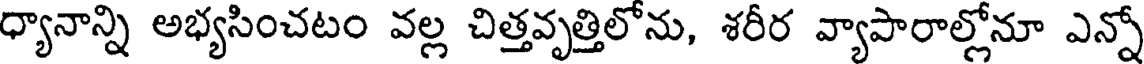
ధ్యానాన్ని అభ్యసించటం వల్ల చిత్తవృత్తిలోను, శరీర వ్యాపారాల్లోనూ ఎన్నో